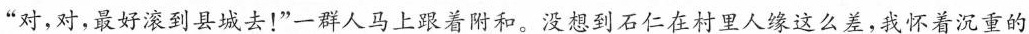
”对，对，好滚到县城去！”一群人马上跟着附和。没想到石仁在村里人缘这么差，我怀着沉重的